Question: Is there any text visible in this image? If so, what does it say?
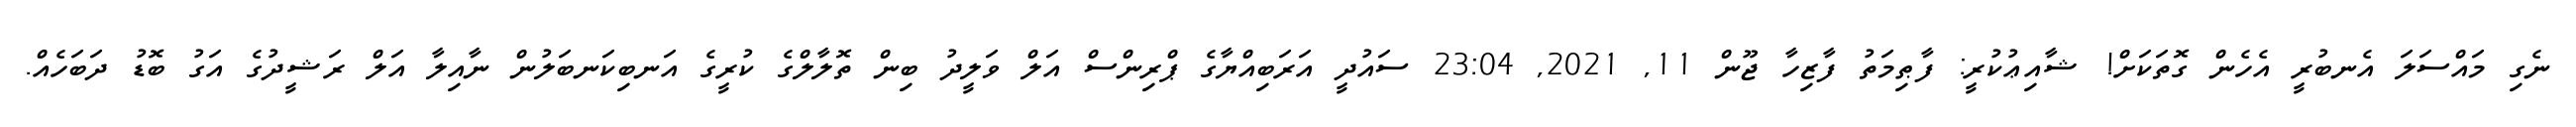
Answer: ނެގި މައްސަލަ އެނބުރީ އެހެން ގޮތަކަށް! ޝާއިޢުކުރީ: ފާޠިމަތު ފާޒިހާ ޖޫން 11, 2021, 23:04 ސައުދީ އަރަބިއްޔާގެ ޕްރިންސް އަލް ވަލީދު ބިން ތޮލާލްގެ ކުރީގެ އަނބިކަނބަލުން ނާއިލާ އަލް ރަޝީދުގެ އަގު ބޮޑު ދަބަހެއް.